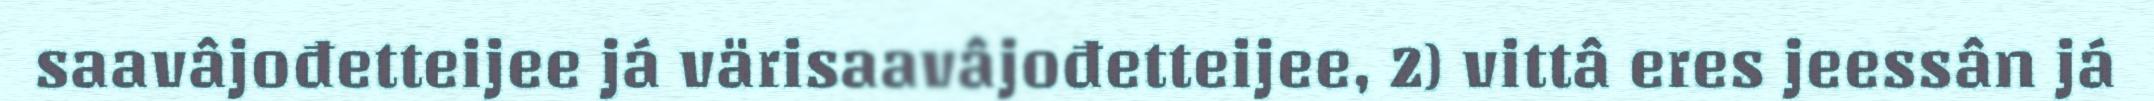
saavâjođetteijee já värisaavâjođetteijee, 2) vittâ eres jeessân já